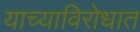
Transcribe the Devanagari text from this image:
याच्याविरोधात